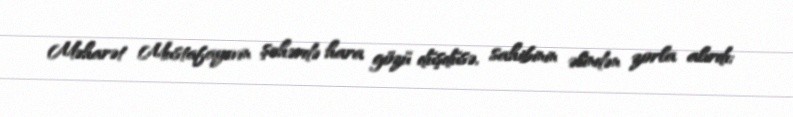
Məharət Mustafayevin şəhərdə hara gözü düşdüsə, sahibinin əlindən zorla alırdı;